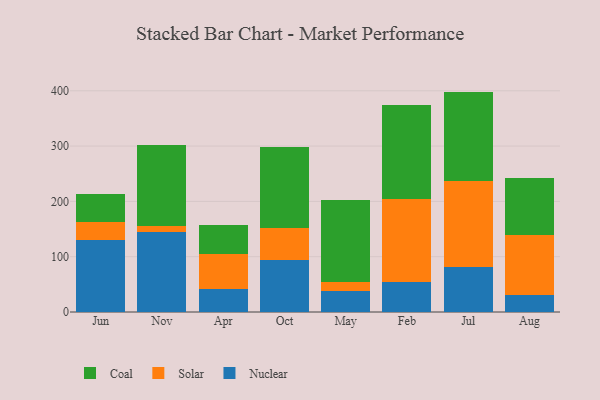
{"axis": {"x": "Month", "y": "Revenue (USD Million)"}, "legend": ["Coal", "Nuclear", "Solar"], "data": [{"x": "Jun", "y": 129.6, "type": "Nuclear"}, {"x": "Jun", "y": 33.5, "type": "Solar"}, {"x": "Jun", "y": 50.3, "type": "Coal"}, {"x": "Nov", "y": 144.0, "type": "Nuclear"}, {"x": "Nov", "y": 11.6, "type": "Solar"}, {"x": "Nov", "y": 147.2, "type": "Coal"}, {"x": "Apr", "y": 41.8, "type": "Nuclear"}, {"x": "Apr", "y": 63.3, "type": "Solar"}, {"x": "Apr", "y": 52.2, "type": "Coal"}, {"x": "Oct", "y": 93.9, "type": "Nuclear"}, {"x": "Oct", "y": 58.6, "type": "Solar"}, {"x": "Oct", "y": 145.5, "type": "Coal"}, {"x": "May", "y": 37.2, "type": "Nuclear"}, {"x": "May", "y": 16.2, "type": "Solar"}, {"x": "May", "y": 148.7, "type": "Coal"}, {"x": "Feb", "y": 54.9, "type": "Nuclear"}, {"x": "Feb", "y": 149.9, "type": "Solar"}, {"x": "Feb", "y": 169.3, "type": "Coal"}, {"x": "Jul", "y": 81.5, "type": "Nuclear"}, {"x": "Jul", "y": 155.3, "type": "Solar"}, {"x": "Jul", "y": 161.7, "type": "Coal"}, {"x": "Aug", "y": 30.2, "type": "Nuclear"}, {"x": "Aug", "y": 108.6, "type": "Solar"}, {"x": "Aug", "y": 102.9, "type": "Coal"}]}